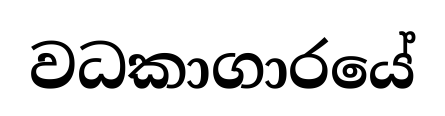
වධකාගාරයේ